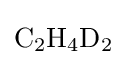
{\mathrm {C} {\vphantom {A}}_{\smash[{t}]{2}}\mathrm {H} {\vphantom {A}}_{\smash[{t}]{4}}\mathrm {D} {\vphantom {A}}_{\smash[{t}]{2}}}